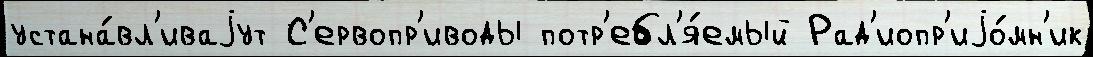
устана́вл'иваjут С'ервопр'иводы потр'ебл'я́емый Рад'иопр'иjо́мн'ик